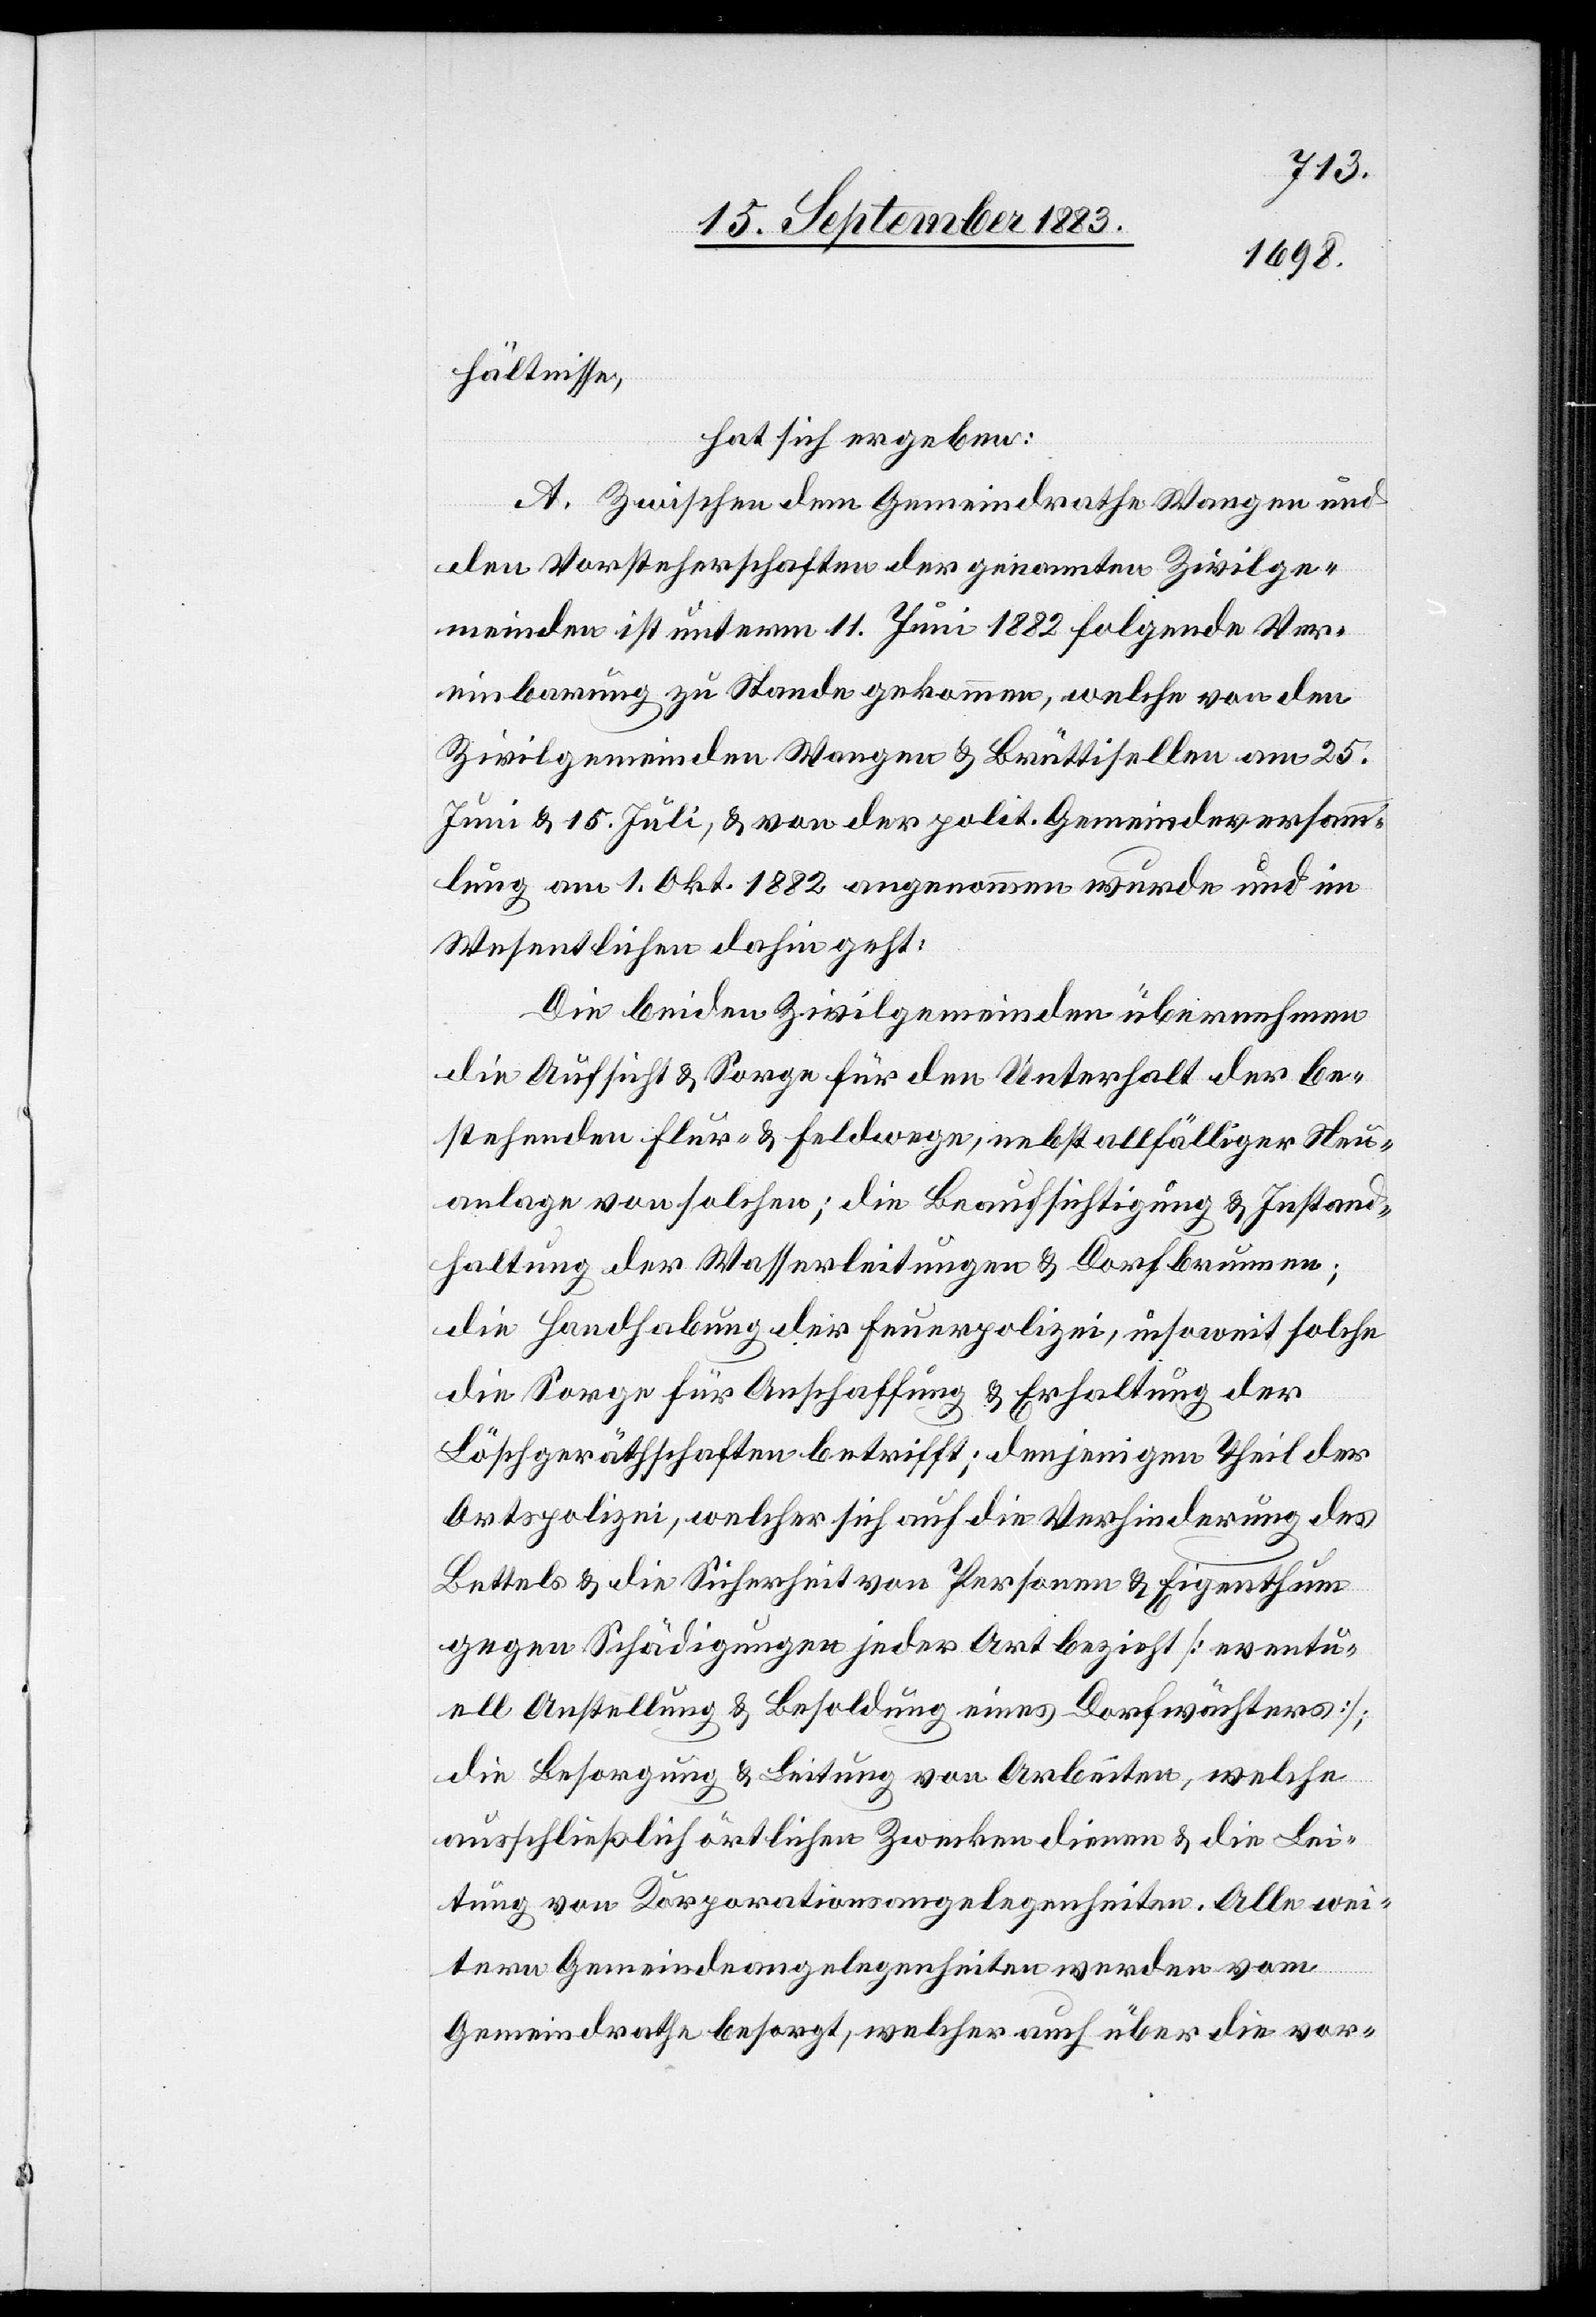
hältnisse,
hat sich ergeben:
A. Zwischen dem Gemeindrathe Wangen und
den Vorsteherschaften der genannten Zivilge¬
meinden ist unterm 11. Juni 1882 folgende Ver¬
einbarung zu Stande gekommen, welche von den
Zivilgemeinden Wangen & Brüttisellen am 25.
Juni & 15. Juli, & von der polit. Gemeindeversamm¬
lung am 1. Okt. 1882 angenommen wurde und im
Wesentlichen dahin geht:
Die beiden Zivilgemeinden übernehmen
die Aufsicht & Sorge für den Unterhalt der be¬
stehenden Flur- & Feldwege, nebst allfälliger Neu¬
anlage von solchen; die Beaufsichtigung & Instand¬
haltung der Wasserleitungen & Dorfbrunnen;
die Handhabung der Feuerpolizei, insoweit solche
die Sorge für Anschaffung & Erhaltung der
Löschgeräthschaften betrifft; denjenigen Theil der
Ortspolizei, welcher sich auf die Verhinderung des
Bettels & die Sicherheit von Personen & Eigenthum
gegen Schädigungen jeder Art bezieht [eventu¬
ell Anstellung & Besoldung eines Dorfwächters];
die Besorgung & Leitung von Arbeiten, welche
ausschließlich örtlichen Zwecken dienen & die Lei¬
tung von Korporationsangelegenheiten. Alle wei¬
tern Gemeindeangelegenheiten werden vom
Gemeindrathe besorgt, welcher auch über die vor-